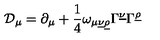
{ \cal D } _ { \mu } = \partial _ { \mu } + { \frac { 1 } { 4 } } \omega _ { \mu \underline { { \nu } } \underline { { \rho } } } \Gamma ^ { \underline { { \nu } } } \Gamma ^ { \underline { { \rho } } }